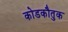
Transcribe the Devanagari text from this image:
कोडकौतुक